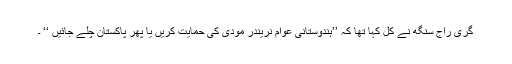
گری راج سنگھ نے کل کہا تھا کہ ’’ہندوستانی عوام نریندر مودی کی حمایت کریں یا پھر پاکستان چلے جائیں ‘‘ ۔